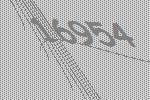
16954